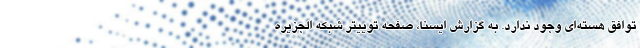
توافق هسته‌ای وجود ندارد. به گزارش ایسنا، صفحه توییتر شبکه الجزیره